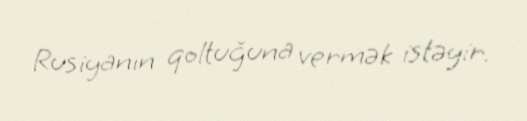
Rusiyanın qoltuğuna vermək istəyir.